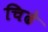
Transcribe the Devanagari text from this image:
चिढे